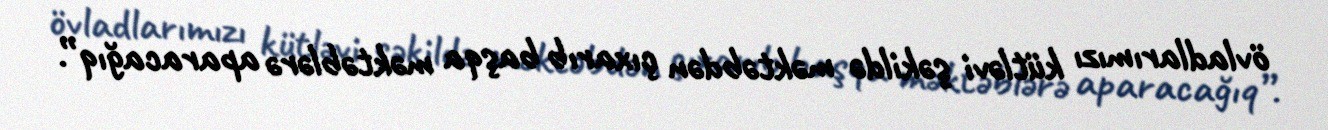
övladlarımızı kütləvi şəkildə məktəbdən çıxarıb başqa məktəblərə aparacağıq”.